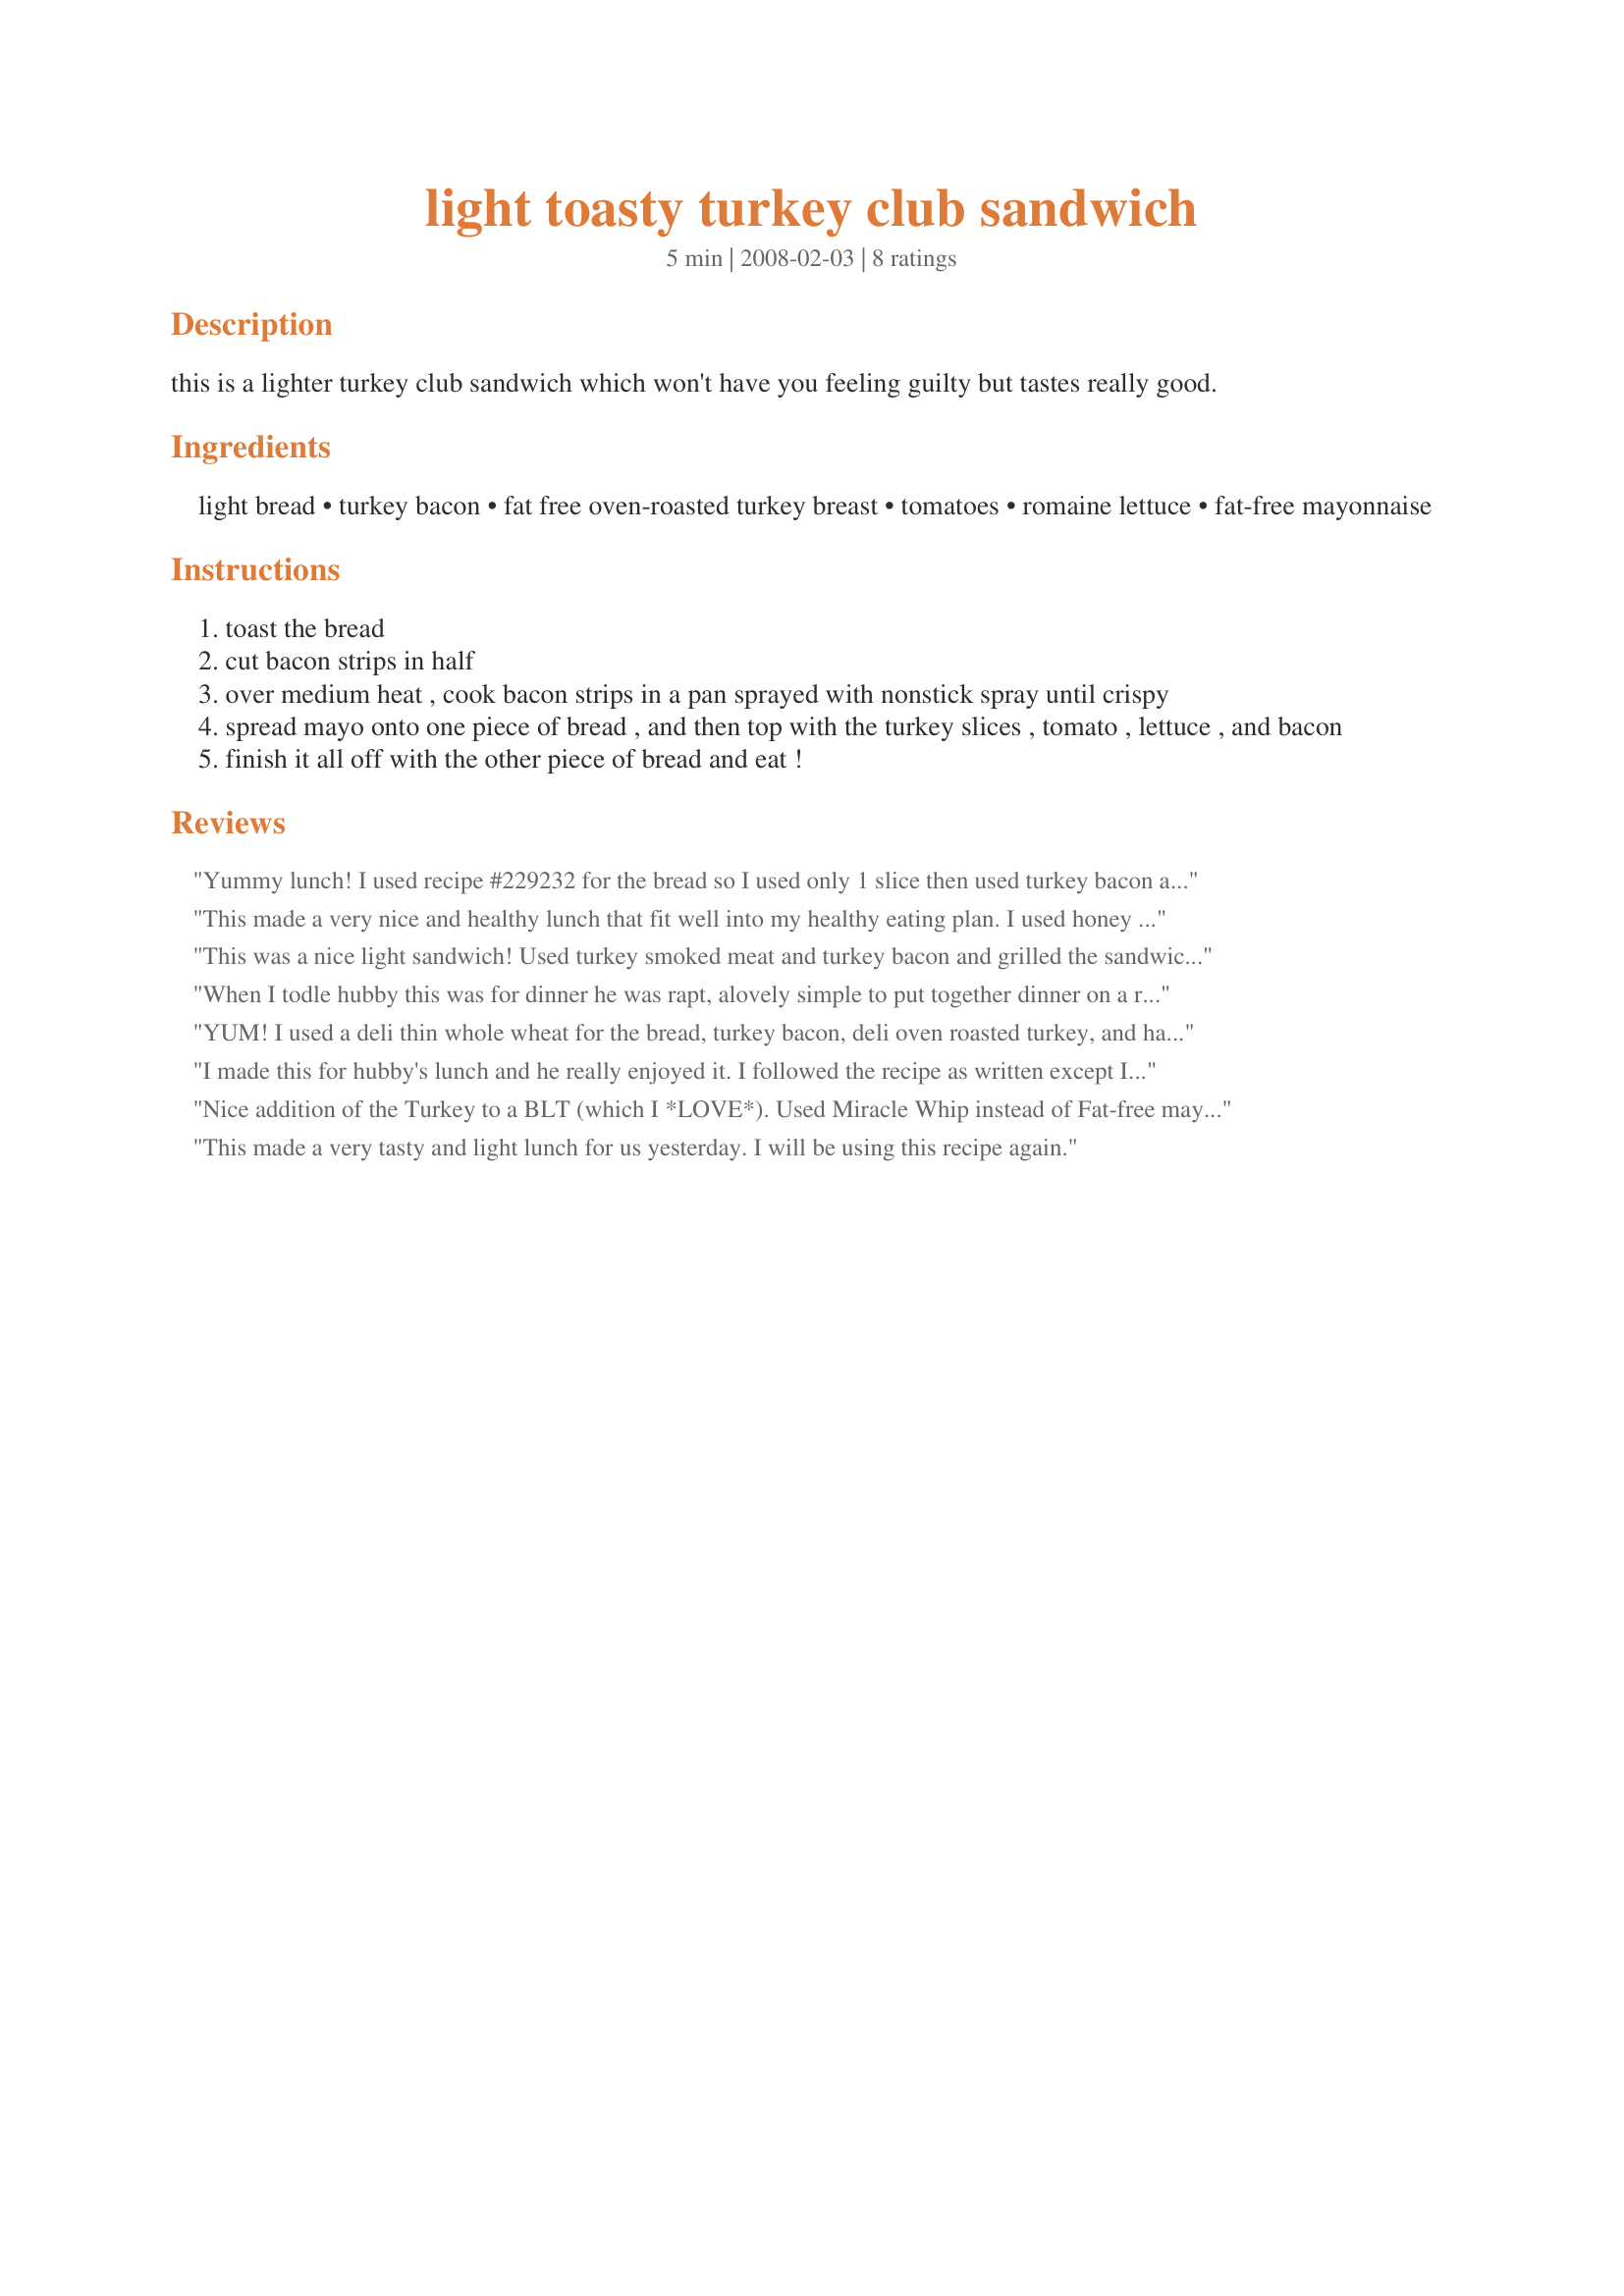
light toasty turkey club sandwich
Preparation time: 5 minutes

this is a lighter turkey club sandwich which won't have you feeling guilty but tastes really good.

Ingredients:
light bread, turkey bacon, fat free oven-roasted turkey breast, tomatoes, romaine lettuce, fat-free mayonnaise

Steps:
toast the bread
cut bacon strips in half
over medium heat , cook bacon strips in a pan sprayed with nonstick spray until crispy
spread mayo onto one piece of bread , and then top with the turkey slices , tomato , lettuce , and bacon
finish it all off with the other piece of bread and eat !

Reviews:
Yummy lunch! I used recipe #229232 for the bread so I used only 1 slice then used turkey bacon and light Miracle Whip. Easy, light, and delish lunch, Lainey! Thank you!
This made a very nice and healthy lunch that fit well into my healthy eating plan. I used honey roasted turkey breast but otherwise kept to the recipe. I will will certainly be enjoying it again in the future.
This was a nice light sandwich! Used turkey smoked meat and turkey bacon and grilled the sandwich on my George Foreman grill. Thanks Lainey! :)
When I todle hubby this was for dinner he was rapt, alovely simple to put together dinner on a rushed weeknight, I used rye bread & also added a smidge tomato chutney on each, great sandwich, thanks!
YUM! I used a deli thin whole wheat for the bread, turkey bacon, deli oven roasted turkey, and half the lettuce, tomato and mayo. Served with a cup of tomato soup this was a fantastic lite lunch! Thanks for posting Lainey. MMade for Choose Your Event Party.
I made this for hubby's lunch and he really enjoyed it. I followed the recipe as written except I used Miracle Whip as that is all hubby will eat :) This was easy to make.
Nice addition of the Turkey to a BLT (which I *LOVE*). Used Miracle Whip instead of Fat-free mayo (personal taste issues). Yum yum!!!
This made a very tasty and light lunch for us yesterday. I will be using this recipe again.
